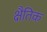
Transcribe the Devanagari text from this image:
क्षैतिक